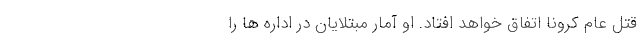
قتل عام کرونا اتفاق خواهد افتاد. او آمار مبتلایان در اداره ها را